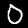
Label: 0